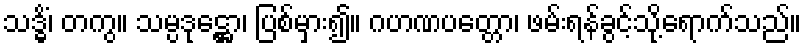
သဒ္ဓိံ၊ တကွ။ သမ္ပဒုဋ္ဌော၊ ပြစ်မှား၍။ ဂဟဏပတ္တော၊ ဖမ်းရန်ခွင့်သို့ရောက်သည်။